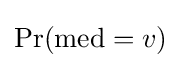
\Pr(\operatorname {med} =v)